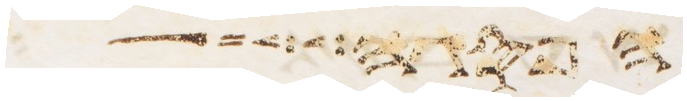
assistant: הפרה